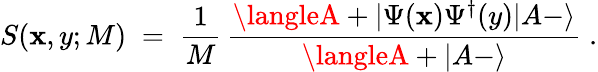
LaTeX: S(\mathbf{x},y;M)\; =\; \frac{{1}}{{M}}\, \frac{{\langleA+|\Psi(\mathbf{x})\Psi^{\dagger}(y)|A-\rangle}}{{\langleA+|A-\rangle}}\; .